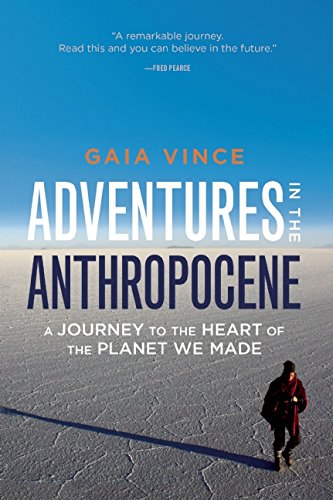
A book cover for Adventures in the Anthropocene: A Journey to the Heart of the Planet We Made; Gaia Vince; Science & Math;